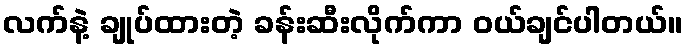
လက်နဲ့ ချုပ်ထားတဲ့ ခန်းဆီးလိုက်ကာ ဝယ်ချင်ပါတယ်။